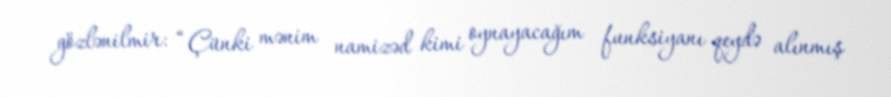
gözlənilmir: “Çünki mənim namizəd kimi oynayacağım funksiyanı qeydə alınmış